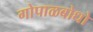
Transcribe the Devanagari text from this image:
गोपाळबोधो